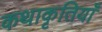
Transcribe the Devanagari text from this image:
कथाकृतियाँ